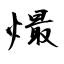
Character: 熶